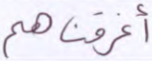
أغرقناهم